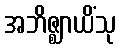
အဘိဇ္ဈာယိံသု